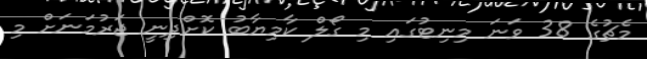
މެޗުގެ 38 ވަނަ މިނިޓުގައި މި ގޯލް ކާމިޔާބު ކޮށްދިނީ ޖަރުމަނަށް މި